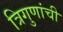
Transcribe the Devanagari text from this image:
त्रिगुणांची